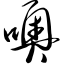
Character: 噢